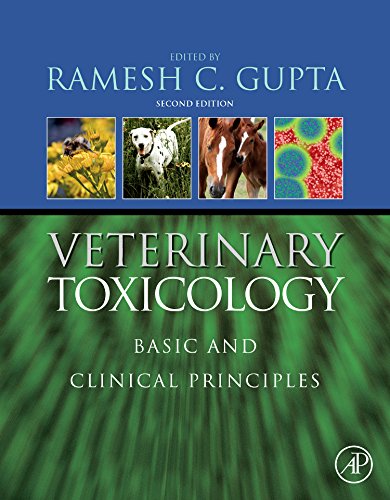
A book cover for Veterinary Toxicology, Second Edition: Basic and Clinical Principles; Medical Books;